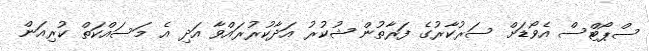
ސްޕޯޓްސް އެވޯޑަށް ސަރުކާރުގެ ފަރާތުން ޝުކުރު އަދާކުރުރައްވާ އަދި އެ މަސައްކަތް ކުރިއަން